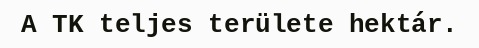
A TK teljes területe hektár.